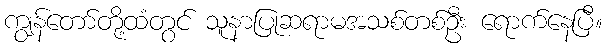
ကျွန်တော်တို့ထံတွင် သူနာပြုဆရာမအသစ်တစ်ဦး ရောက်နေပြီ။